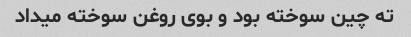
ته چین سوخته بود و بوی روغن سوخته میداد